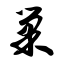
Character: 巢